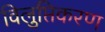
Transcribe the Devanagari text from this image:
विलुप्तिकरण